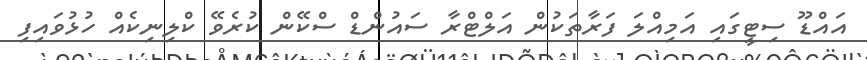
އައްޑޫ ސިޓީގައި އަމިއްލަ ފަރާތަކުން އަލްޓްރާ ސައުންޑް ސްކޭން ކުރެވޭ ކްލިނިކެެއް ހުޅުވައިފި